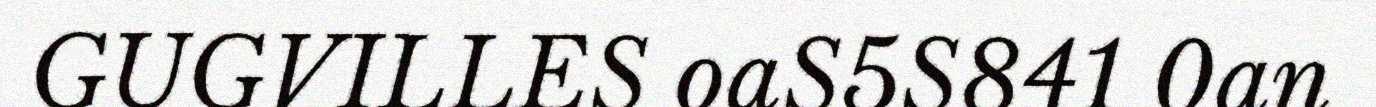
GUGVILLES oaS5S841 0an